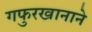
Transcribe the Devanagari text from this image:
गफुरखानाने